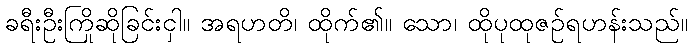
ခရီးဦးကြိုဆိုခြင်းငှါ။ အရဟတိ၊ ထိုက်၏။ သော၊ ထိုပုထုဇဉ်ရဟန်းသည်။